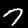
Label: 7